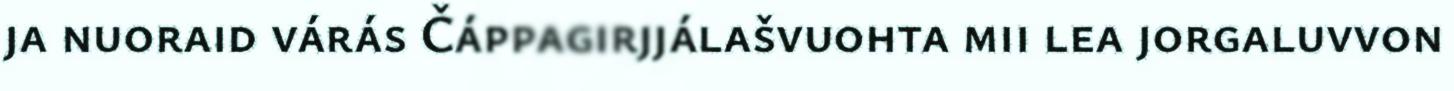
ja nuoraid várás Čáppagirjjálašvuohta mii lea jorgaluvvon